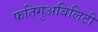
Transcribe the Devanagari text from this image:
फतिगुअबिलिटी